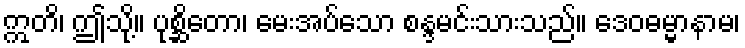
ဣတိ၊ ဤသို့။ ပုစ္ဆိတော၊ မေးအပ်သော စန္ဒမင်းသားသည်။ ဒေဝဓမ္မာနာမ၊